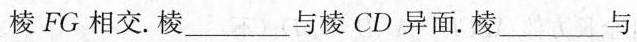
棱FG相交。棱___与棱CD异面。棱___与